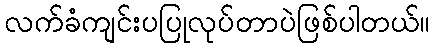
လက်ခံကျင်းပပြုလုပ်တာပဲဖြစ်ပါတယ်။